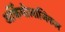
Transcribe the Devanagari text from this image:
अर्कियोलाजिकल